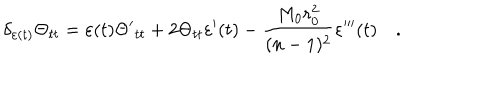
\delta _ { \varepsilon ( t ) } \Theta _ { t t } = \varepsilon ( t ) \Theta { ' } _ { t t } + 2 \Theta _ { t t } \varepsilon { ' } ( t ) - \frac { M _ { 0 } r _ { 0 } ^ { 2 } } { ( n - 1 ) ^ { 2 } } \varepsilon { ' ^ { \prime \prime } } ( t ) \quad .